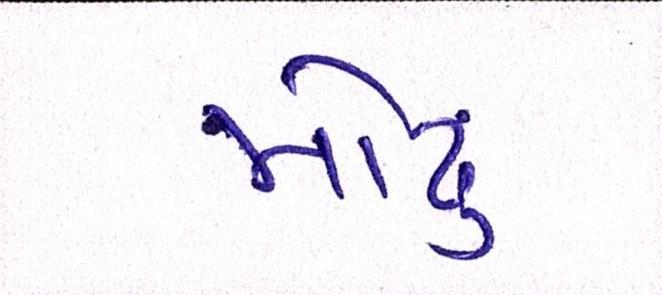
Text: મોઢુ